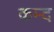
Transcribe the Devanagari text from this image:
कम्द